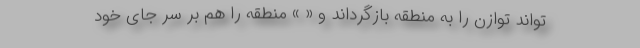
تواند توازن را به منطقه بازگرداند و « » منطقه را هم بر سر جای خود